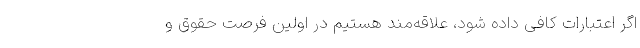
اگر اعتبارات کافی داده شود، علاقه‌مند هستیم در اولین فرصت حقوق و